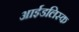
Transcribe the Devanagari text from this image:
आईडलिस्क